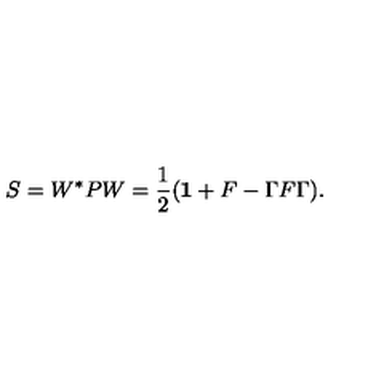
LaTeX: S = W ^ { * } P W = \frac { 1 } { 2 } ( { \bf 1 } + F - \Gamma F \Gamma ) .